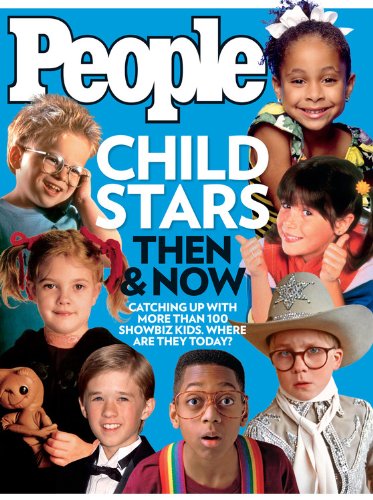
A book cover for People: Child Stars: Then & Now; Editors of People Magazine; Law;